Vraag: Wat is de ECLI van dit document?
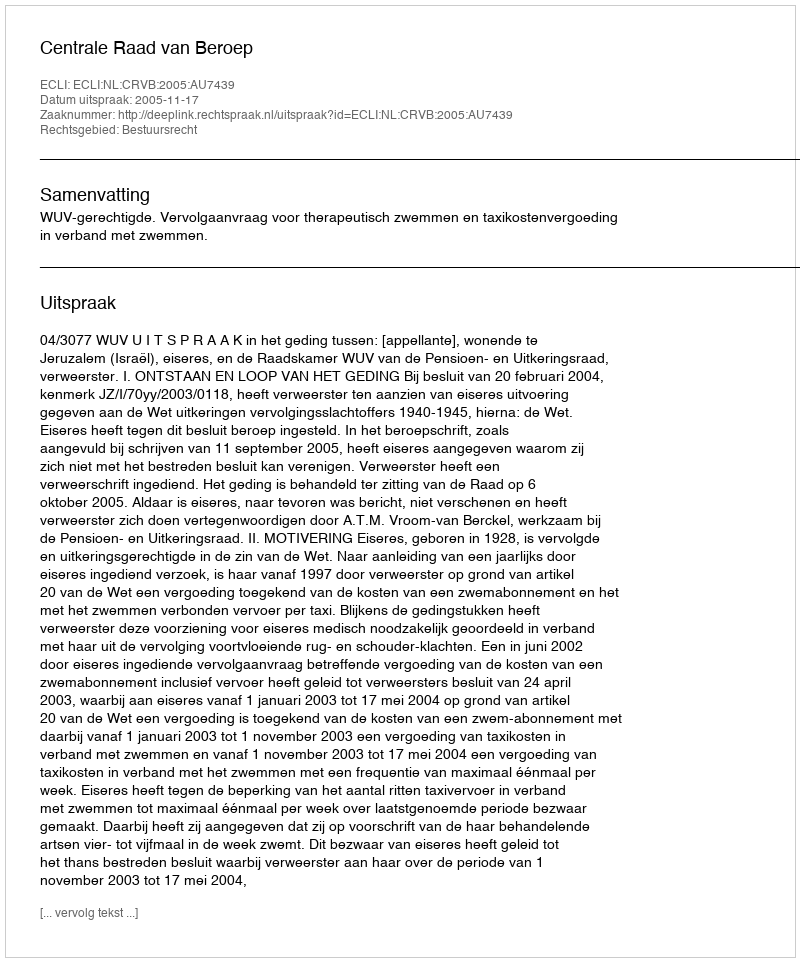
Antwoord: ECLI:NL:CRVB:2005:AU7439